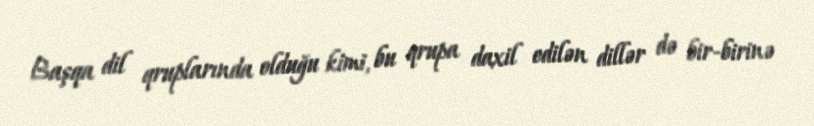
Başqa dil qruplarında olduğu kimi, bu qrupa daxil edilən dillər də bir-birinə